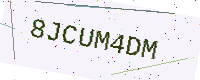
Text: 8JCUM4DM